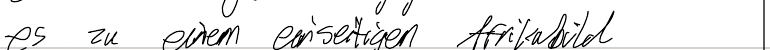
es zu einem einseitigen Afrikabild